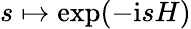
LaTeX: s\mapsto\exp(-\mathrm isH)